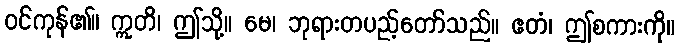
ဝင်ကုန်၏။ ဣတိ၊ ဤသို့။ မေ၊ ဘုရားတပည့်တော်သည်။ ဧတံ၊ ဤစကားကို။